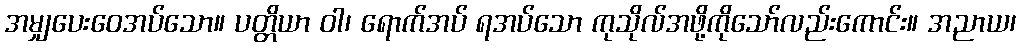
အမျှပေးဝေအပ်သော။ ပတ္တိယာ ဝါ၊ ရောက်အပ် ရအပ်သော ကုသိုလ်အဖို့ကိုသော်လည်းကောင်း။ အညာယ၊